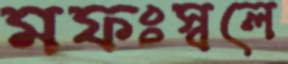
মফঃস্বলে